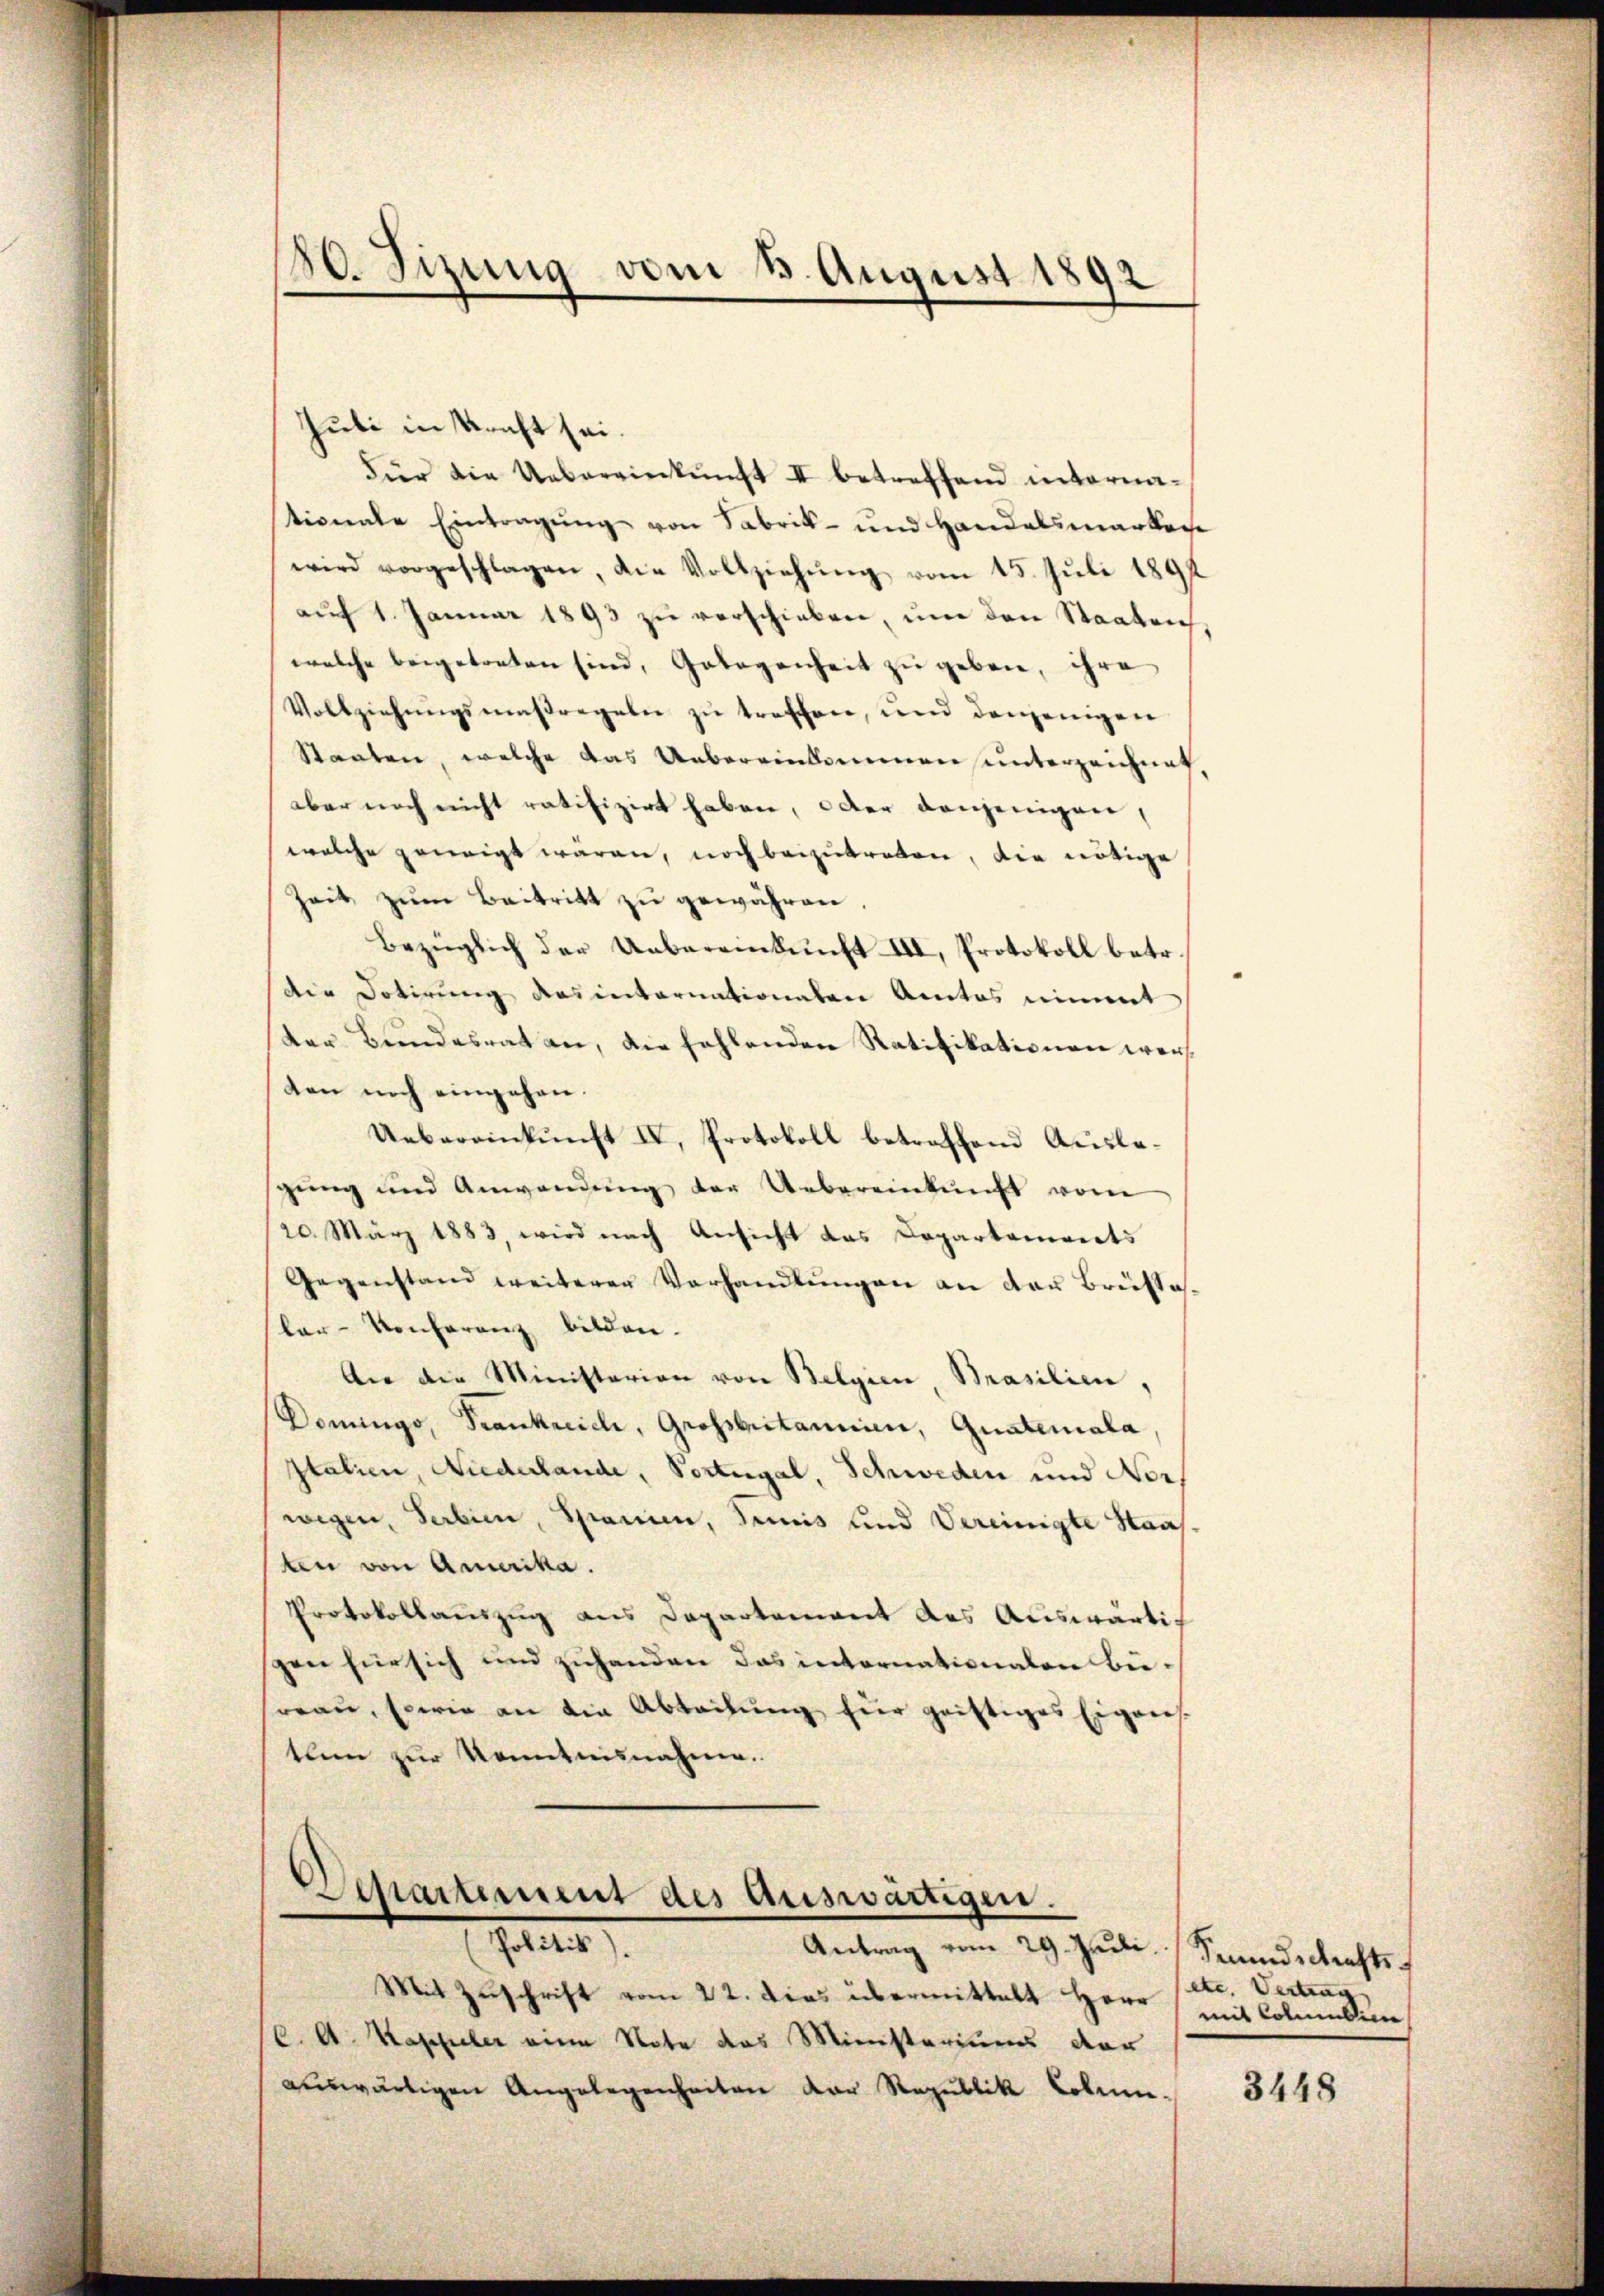
80. Fizung vom 8. August 1892

Jubi in Kraft sei.
Für die Uebereinkunft II betreffend internationale Eintragŭng von Fabrik- und Handelsmarken
wird vorgeschlagen, die Vollziehŭng vom 15. Juli 1891
aŭf 1. Janŭar 1893 zŭ verschieben, ŭm den Staaten,
welche beigetreten sind, Gelegenheit zŭ geben, ihre
Vollziehungsmaßregeln zu treffen, und denjenigen
Staaten, welche das Uebereinkommen unterzeichnet,
aber noch nicht ratifizirt haben, oder denjenigen,
welche geneigt wären, noch beizutreten, die nötige
Zeit zŭm Beitritt zŭ gewähren,
bezüglich der Uebereinkunft III, Protokoll betr.
die Dotirung des internationalen Amtes nimmt
der Bundesrat an, die fehlenden Ratifikationen wer
ten noch eingehen.
Uebereinkŭnft IV., Protokoll betreffend Auslagŭng und Anwendŭng der Uebereinkunft vom
20. März 1883, wird nach Ansicht das Capartenverts
Gegenstand weiterer Verhandlŭngen an der Brüste.
ler-Konferenz bilden.
An die Ministerien von Belgien Brasilien,
Donings, Frankreich, Grossbritanin, Quateriala,
Italien, Niederlande, Portugal, Schweden und Nor
wegen, Serbien, Spanien, Trinis und Vereinigte Staaf,
tten von Amerika.
Protokollauszug aus Departement des Auswärtigen für sich und zuhanden das internationalen Büreau, sowie an die Abteilŭng für geistiges Eigens.
tum zur Kenntnisnahme.

.
Departement des Auswärtigen.
Politik).
Antrag vom 29. Jul.   Seundschrifts

Mit Zuschrift vom 22. Dies übermittelt Herr
(. A. Kappeler zum Note das Ministeriums der
auswärtigen Angelegenheiten der Republik Cobi-

etc. Vertrag
mit Commilien

3448